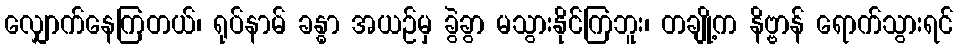
လျှောက်နေကြတယ်၊ ရုပ်နာမ် ခန္ဓာ အယဉ်မှ ခွဲခွာ မသွားနိုင်ကြဘူး၊ တချို့က နိဗ္ဗာန် ရောက်သွားရင်